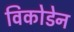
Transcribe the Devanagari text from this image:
विकोडेन